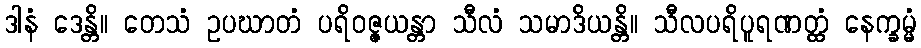
ဒါနံ ဒေန္တိ။ တေသံ ဥပဃာတံ ပရိဝဇ္ဇယန္တာ သီလံ သမာဒိယန္တိ။ သီလပရိပူရဏတ္ထံ နေက္ခမ္မံ